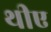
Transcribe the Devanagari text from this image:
थीए